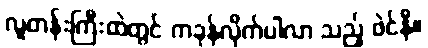
လူတန်းကြီးထဲတွင် ကခုန်လိုက်ပါလာ သည့် ဖဲင်နီ။